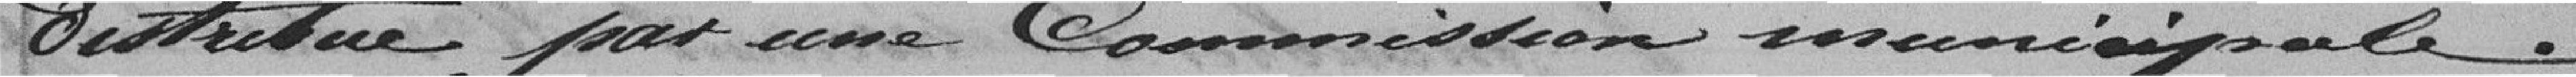
distribué par une Commission municipale.